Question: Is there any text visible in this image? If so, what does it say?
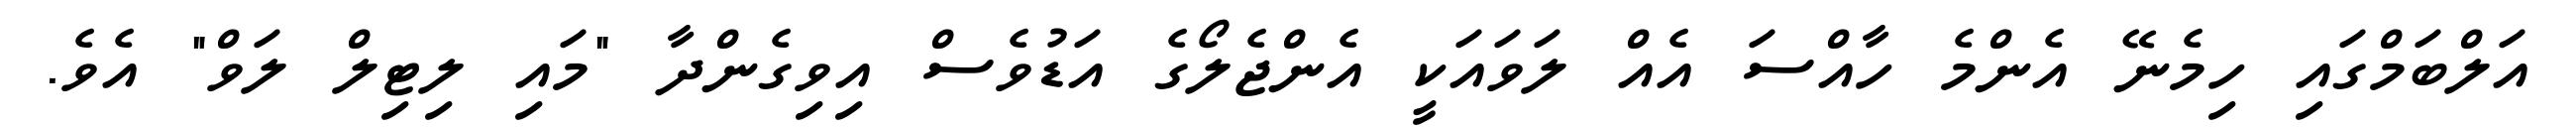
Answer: އަލްބަމްގައި ހިމެނޭ އެންމެ ހާއްސަ އެއް ލަވައަކީ އެންޖެލޯގެ އަޑުވެސް އިވިގެންދާ "މައި ލިޓިލް ލަވް" އެވެ.